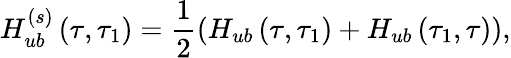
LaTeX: H_{ub}^{(s)}\left(\tau,\tau_{1}\right)=\frac{1}{2}\left(H_{ub}\left(\tau,\tau_{1}\right)+H_{ub}\left(\tau_{1},\tau\right)\right),